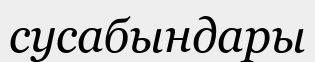
сусабындары